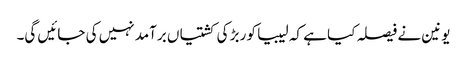
یونین نے فیصلہ کیا ہے کہ لیبیا کو ربڑ کی کشتیاں برآمد نہیں کی جائیں گی۔